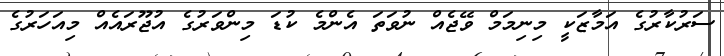
ސަރުކާރުގެ އަމާޒަކީ މިނިމަމް ވޭޖެއް ނުވަތަ އެންމެ ކުޑަ މިންވަރުގެ އުޖޫރައެއް މިއަހަރުގެ